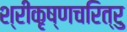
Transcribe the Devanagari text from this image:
श्रीकृष्णचरित्रु